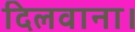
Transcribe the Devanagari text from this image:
दिलवाना।